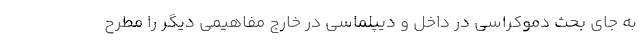
به جای بحث دموکراسی در داخل و دیپلماسی در خارج مفاهیمی دیگر را مطرح